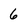
Character: 6